Scientific memoirs by medical officers of the Army of India - Part XII,
Year: 1901
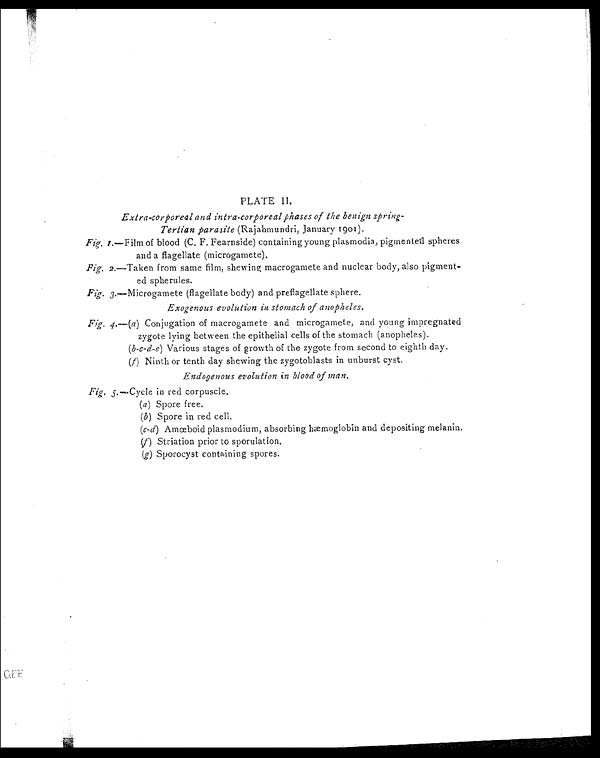
PLATE II.
Extra-corporeal and intra-corporeal phases of the benign spring-
Tertian parasite (Rajahmundri, January 1901).
Fig.1.— Film of blood (C. F. Fearnside) containing young plasmodia, pigmented spheres
and a flagellate (microgamete).
Fig. 2.—Taken from same film, shewing, macrogamete and nuclear body, also pigment-
ed spherules.
Fig. 3.—Microgamete (flagellate body) and preflagellate sphere.
Exogenous evolution in stomach of anopheles.
Fig. 4 .— (a) Conjugation of macrogamete and microgamete, and young impregnated
zygote lying between the epithelial cells of the stomach (anopheles).
(b-c-d-e) Various stages of growth of the zygote from second to eighth day.
(f) Ninth or tenth day shewing the zygotoblasts in unburst cyst.
Endogenous evolution in blood of man.
Fig. 5.
—
Cycle in red corpuscle.
(a) Spore free.
(b) Spore in red cell,
(c-d) Amœboid plasmodium, absorbing hæmoglobin and depositing melanin,
(f) Striation prior to sporulation.
(g) Sporocyst containing spores.